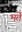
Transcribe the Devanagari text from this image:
भर्ते